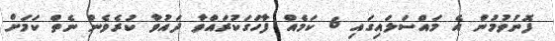
ފޮނުވުމުން އެ މައްސަލައިގައި 6 ކަމެއް ފާހަގަކުރައްވާ ދައުވާ ކުރެވެން ނެތް ކަމަށް